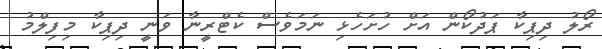
ރޯލު ދިޕިކާ ޕަދުކޯން އަށް ހުށަހެޅި ނަމަވެސް ކެޓްރީނާ ވަނީ ދިޕިކާ މިފިލްމު